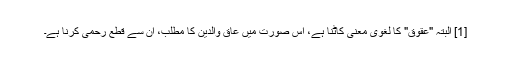
[1] البتہ "عقوق" کا لغوی معنی کاٹنا ہے، اس صورت میں عاق والدین کا مطلب، ان سے قطع رحمی کرنا ہے۔